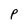
Character: P